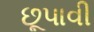
છૂપાવી